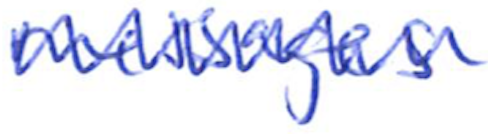
Text: messages
Cross-out: zig-zag
Writing tool: ballpoint